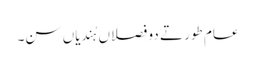
عام طور تے دو فصلاں ہُندیاں سن۔